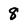
Character: 8